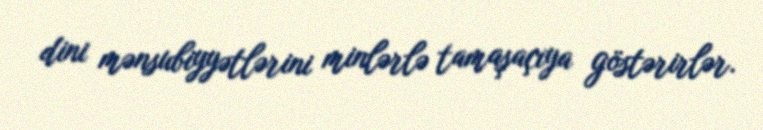
dini mənsubiyyətlərini minlərlə tamaşaçıya göstərirlər.